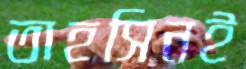
তাহসিনই